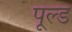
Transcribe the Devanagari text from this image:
पूल्ड